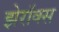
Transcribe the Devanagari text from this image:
झेरॉक्‍स